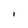
Character: l